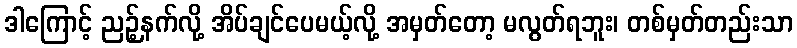
ဒါကြောင့် ညဉ့်နက်လို့ အိပ်ချင်ပေမယ့်လို့ အမှတ်တော့ မလွတ်ရဘူး၊ တစ်မှတ်တည်းသာ